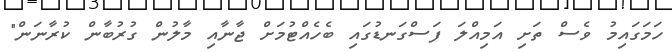
ހަމަގައިމު ވެސް ތަށި އަމިއްލަ ފަސްގަނޑުގައި ބެހެއްޓުމަށް ޖާނާއި މާލުން ގުރުބާން ކުރާނަން"